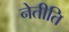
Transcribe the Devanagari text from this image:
नेतीति